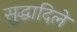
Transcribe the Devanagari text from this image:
सुद्धादिले